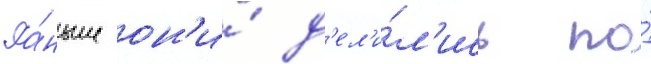
Ра́ньше он'и́ д'ел'и́л'ись по́